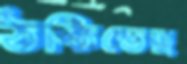
ঠকিতেছ